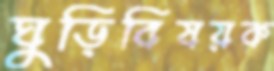
ঘুড়িবিষয়ক